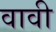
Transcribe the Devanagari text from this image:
वावी